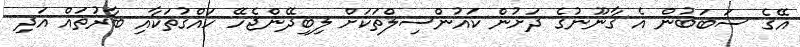
އޭގެ ސަބަބުން އެ ގާނޫނުގެ ދަށުން ކައުންސިލްތަކަށް ލިބިދޭންޖެހޭ ހައްގުތަކާއި ބާރުތައް އަދި